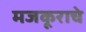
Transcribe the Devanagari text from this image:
मजकूराचे